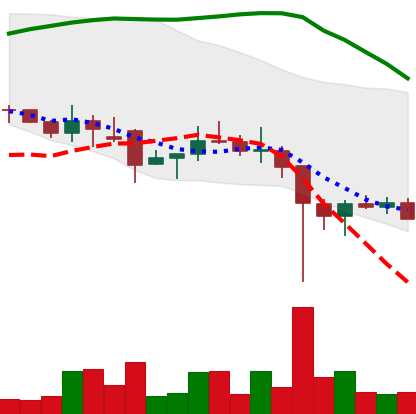
Ticker: DOGE-USD
Chart end date: 2021-12-09
Forward return: 6.297%
Label: up_5_7